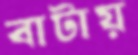
বাটায়